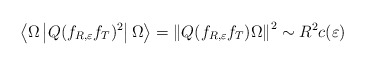
\begin{align*}\left\langle \Omega\left| Q(f_{R,\varepsilon}f_{T})^{2}\right|\Omega\right\rangle =\left\| Q(f_{R,\varepsilon}f_{T})\Omega\right\|^{2}\sim R^{2}c(\varepsilon)\end{align*}